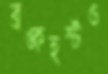
ব্রঙ্কহর্স্টও